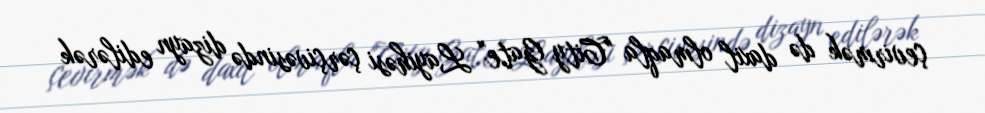
çevirmək də daxil olmaqla "City Gate" Layihəsi çərçivəsində dizayn edilərək